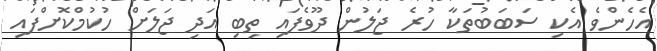
އެހެންވެ އެކި ސަބަބުތަކާ ހުރެ ޖަލުން ދޫވެފައި ތިބި އަދި ޖަލަށް ހުކުމްކޮށްފައި